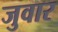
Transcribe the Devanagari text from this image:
जुवार